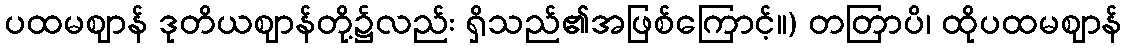
ပထမဈာန် ဒုတိယဈာန်တို့၌လည်း ရှိသည်၏အဖြစ်ကြောင့်။) တတြာပိ၊ ထိုပထမဈာန်